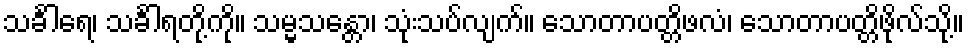
သင်္ခါရေ၊ သင်္ခါရတို့ကို။ သမ္မသန္တော၊ သုံးသပ်လျက်။ သောတာပတ္တိဖလံ၊ သောတာပတ္တိဖိုလ်သို့။